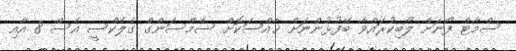
ސްމާޓް ފޯނަށް ލޯބިކުރައްވާ ބޭފުޅުންނަށް ޚާއްސަކޮށް ސެމްސަންގް ގެލެކްސީ އެސް 8 އާއި